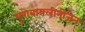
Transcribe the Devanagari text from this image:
यूरोबायलीनोजेन